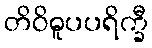
တိဝိဓူပပရိက္ခီ